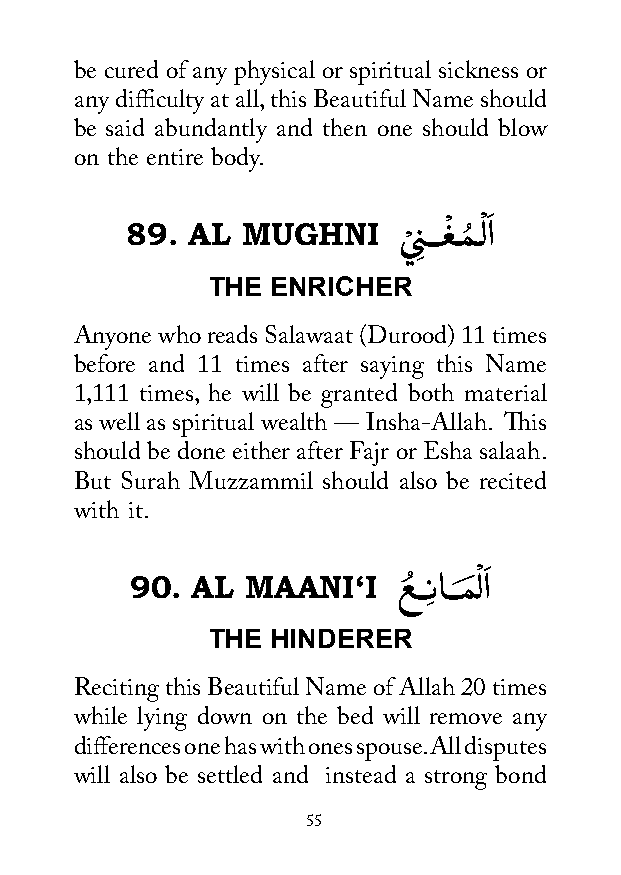
be cured of any physical or spiritual sickness or
 any difficulty at all, this Beautiful Name should
 be said abundantly and then one should blow
 on the entire body.
 89. AL  MUGHNI    ي
 ْ
 نِ ـــغْ ــمُ ـْ لاَ
 THE ENRICHER
 Anyone who reads Salawaat (Durood) 11 times
 before and 11 times after saying this Name
 1,111 times, he will be granted both material
 as well as spiritual wealth — Insha-Allah. This
 should be done either after Fajr or Esha salaah.
 But Surah Muzzammil should also be recited
 with it.
 ْ َ
 90. AL MAANI‘I   عُ ـــِناـــمَ لا
 THE HINDERER
 Reciting this Beautiful Name of Allah 20 times
 while lying down on the bed will remove any
 differences one has with ones spouse. All disputes
 will also be settled and instead a strong bond
 55